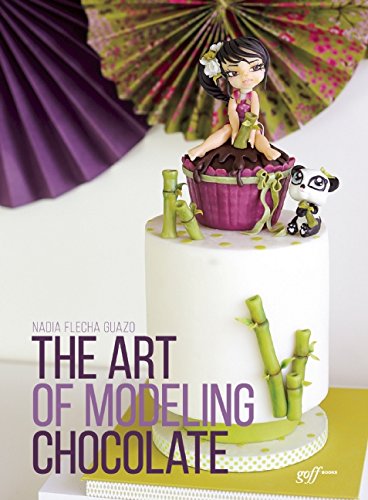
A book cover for The Art of Modeling Chocolate; Nadia  Flecha Guazo; Cookbooks, Food & Wine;